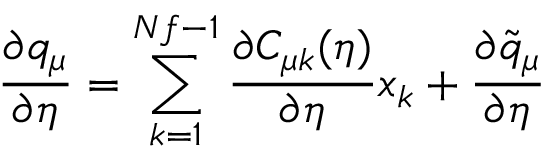
\frac { \partial q _ { \mu } } { \partial \eta } = \sum _ { k = 1 } ^ { N f - 1 } \frac { \partial C _ { \mu k } ( \eta ) } { \partial \eta } x _ { k } + \frac { \partial \tilde { q } _ { \mu } } { \partial \eta }